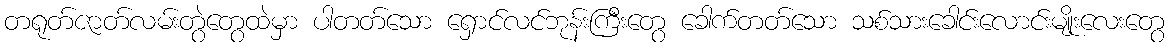
တရုတ်ဇာတ်လမ်းတွဲတွေထဲမှာ ပါတတ်သော ရှောင်လင်ဘုန်းကြီးတွေ ခေါက်တတ်သော သစ်သားခေါင်းလောင်းမျိုးလေးတွေ